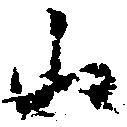
山